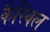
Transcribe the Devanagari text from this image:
कैस्विल